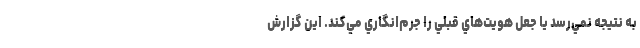
به نتيجه نمي‌رسد يا جعل هويت‌هاي قبلي را جرم‌انگاري مي‌كند. اين گزارش